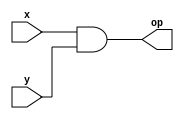
/* AND gate */
module andGate(x, y, op);
	input x, y;
	output op;
	assign op = x & y;
endmodule